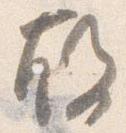
故